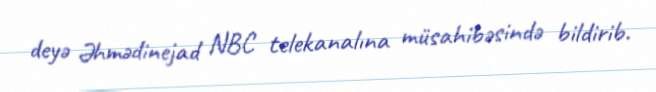
deyə Əhmədinejad NBC telekanalına müsahibəsində bildirib.